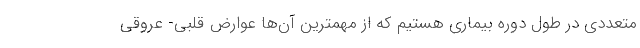
متعددی در طول دوره بیماری هستیم که از مهمترین آن‌ها عوارض قلبی- عروقی